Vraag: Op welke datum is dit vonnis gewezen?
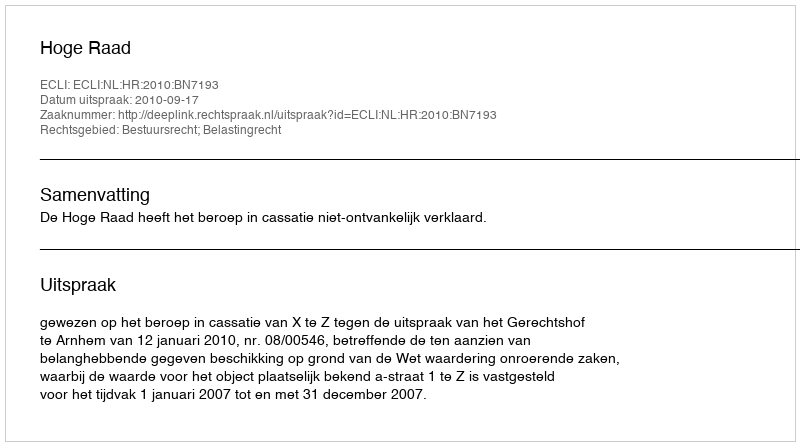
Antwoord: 2010-09-17